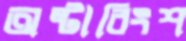
অষ্টাবিংশ